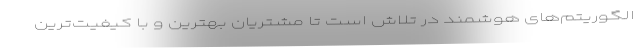
الگوریتم‌های هوشمند در تلاش است تا مشتریان بهترین و با کیفیت‌ترین